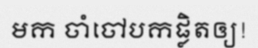
មក ចាំចៅបកផ្លិតឲ្យ!